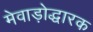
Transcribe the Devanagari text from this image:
मेवाड़ोद्धारक